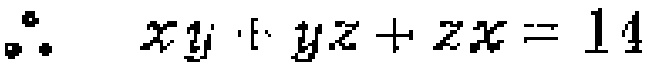
\(\therefore\ xy + yz + zx = 14\)